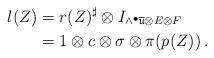
LaTeX: \begin{align*}l(Z)&=r(Z)^\sharp\otimes I_{\wedge^\bullet\overline{\mathfrak{u}}\otimes E \otimes F} \\&=1\otimes c\otimes\sigma\otimes \pi(p(Z)) \,.\end{align*}